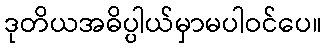
ဒုတိယအဓိပ္ပါယ်မှာမပါဝင်ပေ။